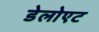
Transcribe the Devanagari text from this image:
डेलोएट